Indian journal of veterinary science and animal husbandry - Volume 1,
Year: 1931
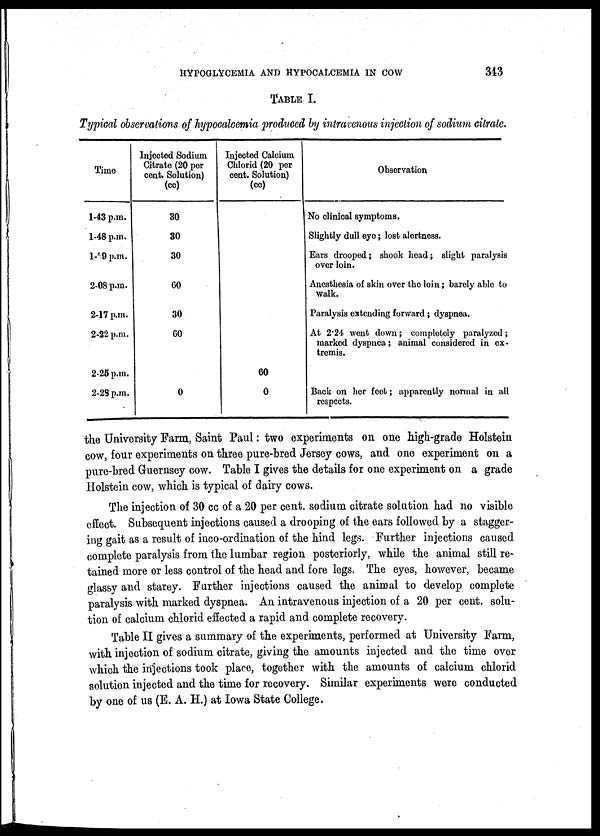
HYPOGLYCEMIA AND HYPOCALCEMIA IN COW
343
TABLE I.
Typical observations of hypocalcemia produced by intravenous injection of sodium citrate.
Time
1-43 p.m.
1-48 p.m.
1-59 p.m.
2-08 p.m.
2-17 p.m.
2-22 p.m.
2-25 p.m.
2-28 p.m.
Injected Sodium
Citrate (20 per
cent. Solution)
(cc)
30
30
30
60
30
60
0
Injected Calcium
Chlorid (20 per
cent. Solution)
(cc)
60
0
Observation
No clinical symptoms.
Slightly dull eye; lost alertness.
Ears drooped; shook hoad; slight paralysis
over loin.
Anesthesia of skin over the loin; barely able to
walk.
Paralysis extending forward; dyspnea.
At 2.24 went down; completely paralyzed;
marked dyspnea ; animal considered in ex-
tremis.
Back on her feet ; apparently normal in all
respects.
the University Farm, Saint Paul: two experiments on one high-grade Holstein
cow, four experiments on three pure-bred Jersey cows, and one experiment on a
pure-bred Guernsey cow. Table I gives the details for one experiment on a grade
Holstein cow, which is typical of dairy cows.
The injection of 30 cc of a 20 per cent. sodium citrate solution had no visible
effect. Subsequent injections caused a drooping of the ears followed by a stagger-
ing gait as a result of inco-ordination of the hind legs. Further injections caused
complete paralysis from the lumbar region posteriorly, while the animal still re-
tained more or less control of the head and fore legs. The eyes, however, became
glassy and starey. Further injections caused the animal to develop complete
paralysis with marked dyspnea. An intravenous injection of a 20 per cent. solu-
tion of calcium chlorid effected a rapid and complete recovery.
Table II gives a summary of the experiments, performed at University Farm,
with injection of sodium citrate, giving the amounts injected and the time over
which the injections took place, together with the amounts of calcium chlorid
solution injected and the time for recovery. Similar experiments were conducted
by one of us (E. A. H.) at Iowa State College.